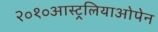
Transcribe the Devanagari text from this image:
२०१०आस्ट्रलियाओपेन